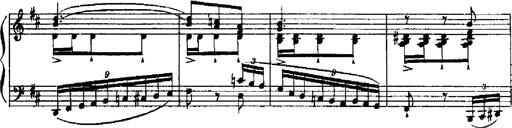
Title: RÃ©miniscences de Robert le diable
Composer: Franz Liszt